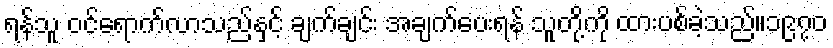
ရန်သူ ဝင်ရောက်လာသည်နှင့် ချက်ချင်း အချက်ပေးရန် သူတို့ကို ထားပစ်ခဲ့သည်။၁၉၇၀